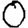
Digit: 0